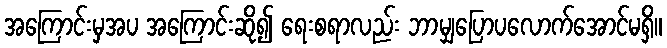
အကြောင်းမှအပ အကြောင်းဆို၍ ရေးစရာလည်း ဘာမျှပြောပလောက်အောင်မရှိ။